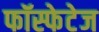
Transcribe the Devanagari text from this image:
फॉस्फेटेज